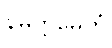
နိမိတ္တမေတံ